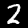
Digit: 2